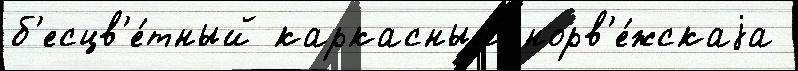
б'есцв'е́тный каркасный норв'е́жскаjа